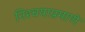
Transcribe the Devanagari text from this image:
निश्चयाप्रमाणे